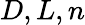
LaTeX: D,L,n